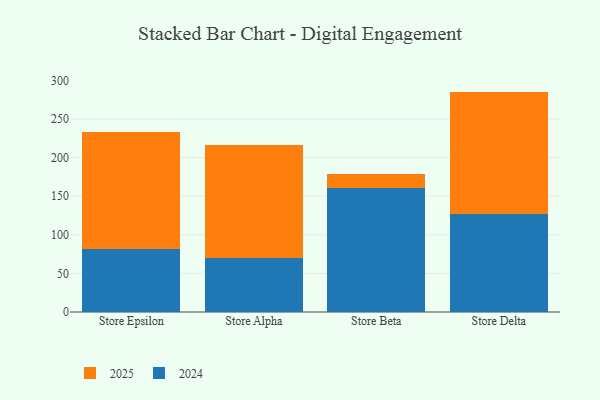
{"axis": {"x": "Store", "y": "Page Views"}, "legend": ["2024", "2025"], "data": [{"x": "Store Epsilon", "y": 81.5, "type": "2024"}, {"x": "Store Epsilon", "y": 151.5, "type": "2025"}, {"x": "Store Alpha", "y": 70.3, "type": "2024"}, {"x": "Store Alpha", "y": 146.0, "type": "2025"}, {"x": "Store Beta", "y": 160.5, "type": "2024"}, {"x": "Store Beta", "y": 17.9, "type": "2025"}, {"x": "Store Delta", "y": 126.7, "type": "2024"}, {"x": "Store Delta", "y": 158.8, "type": "2025"}]}